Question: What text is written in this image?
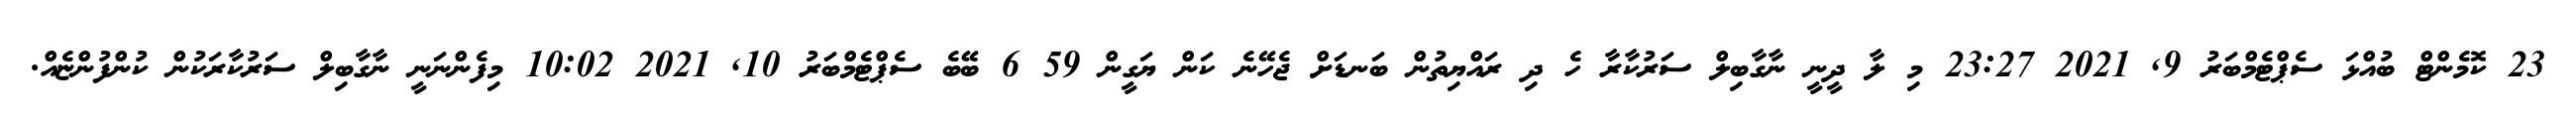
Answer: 23 ކޮމެންޓް ބުއްޅަ ސެޕްޓެމްބަރު 9, 2021 23:27 މި ލާ ދީނީ ނާގާބިލް ސަރުކާރާ ހެ ދި ރައްޔިތުން ބަނޑަށް ޖެހޭނެ ކަން ޔަގީން 59 6 ބޭބެ ސެޕްޓެމްބަރު 10, 2021 10:02 މިފެންނަނީ ނާގާބިލް ސަރުކާރަކުން ކުންފުންޏެއް.